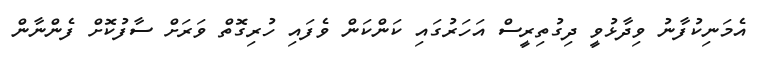
އެމަނިކުފާނު ވިދާޅުވީ ދިގުތިރީސް އަހަރުގައި ކަންކަން ވެފައި ހުރިގޮތް ވަރަށް ސާފުކޮށް ފެންނާން